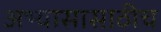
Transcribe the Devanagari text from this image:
अभ्यासासाठीच